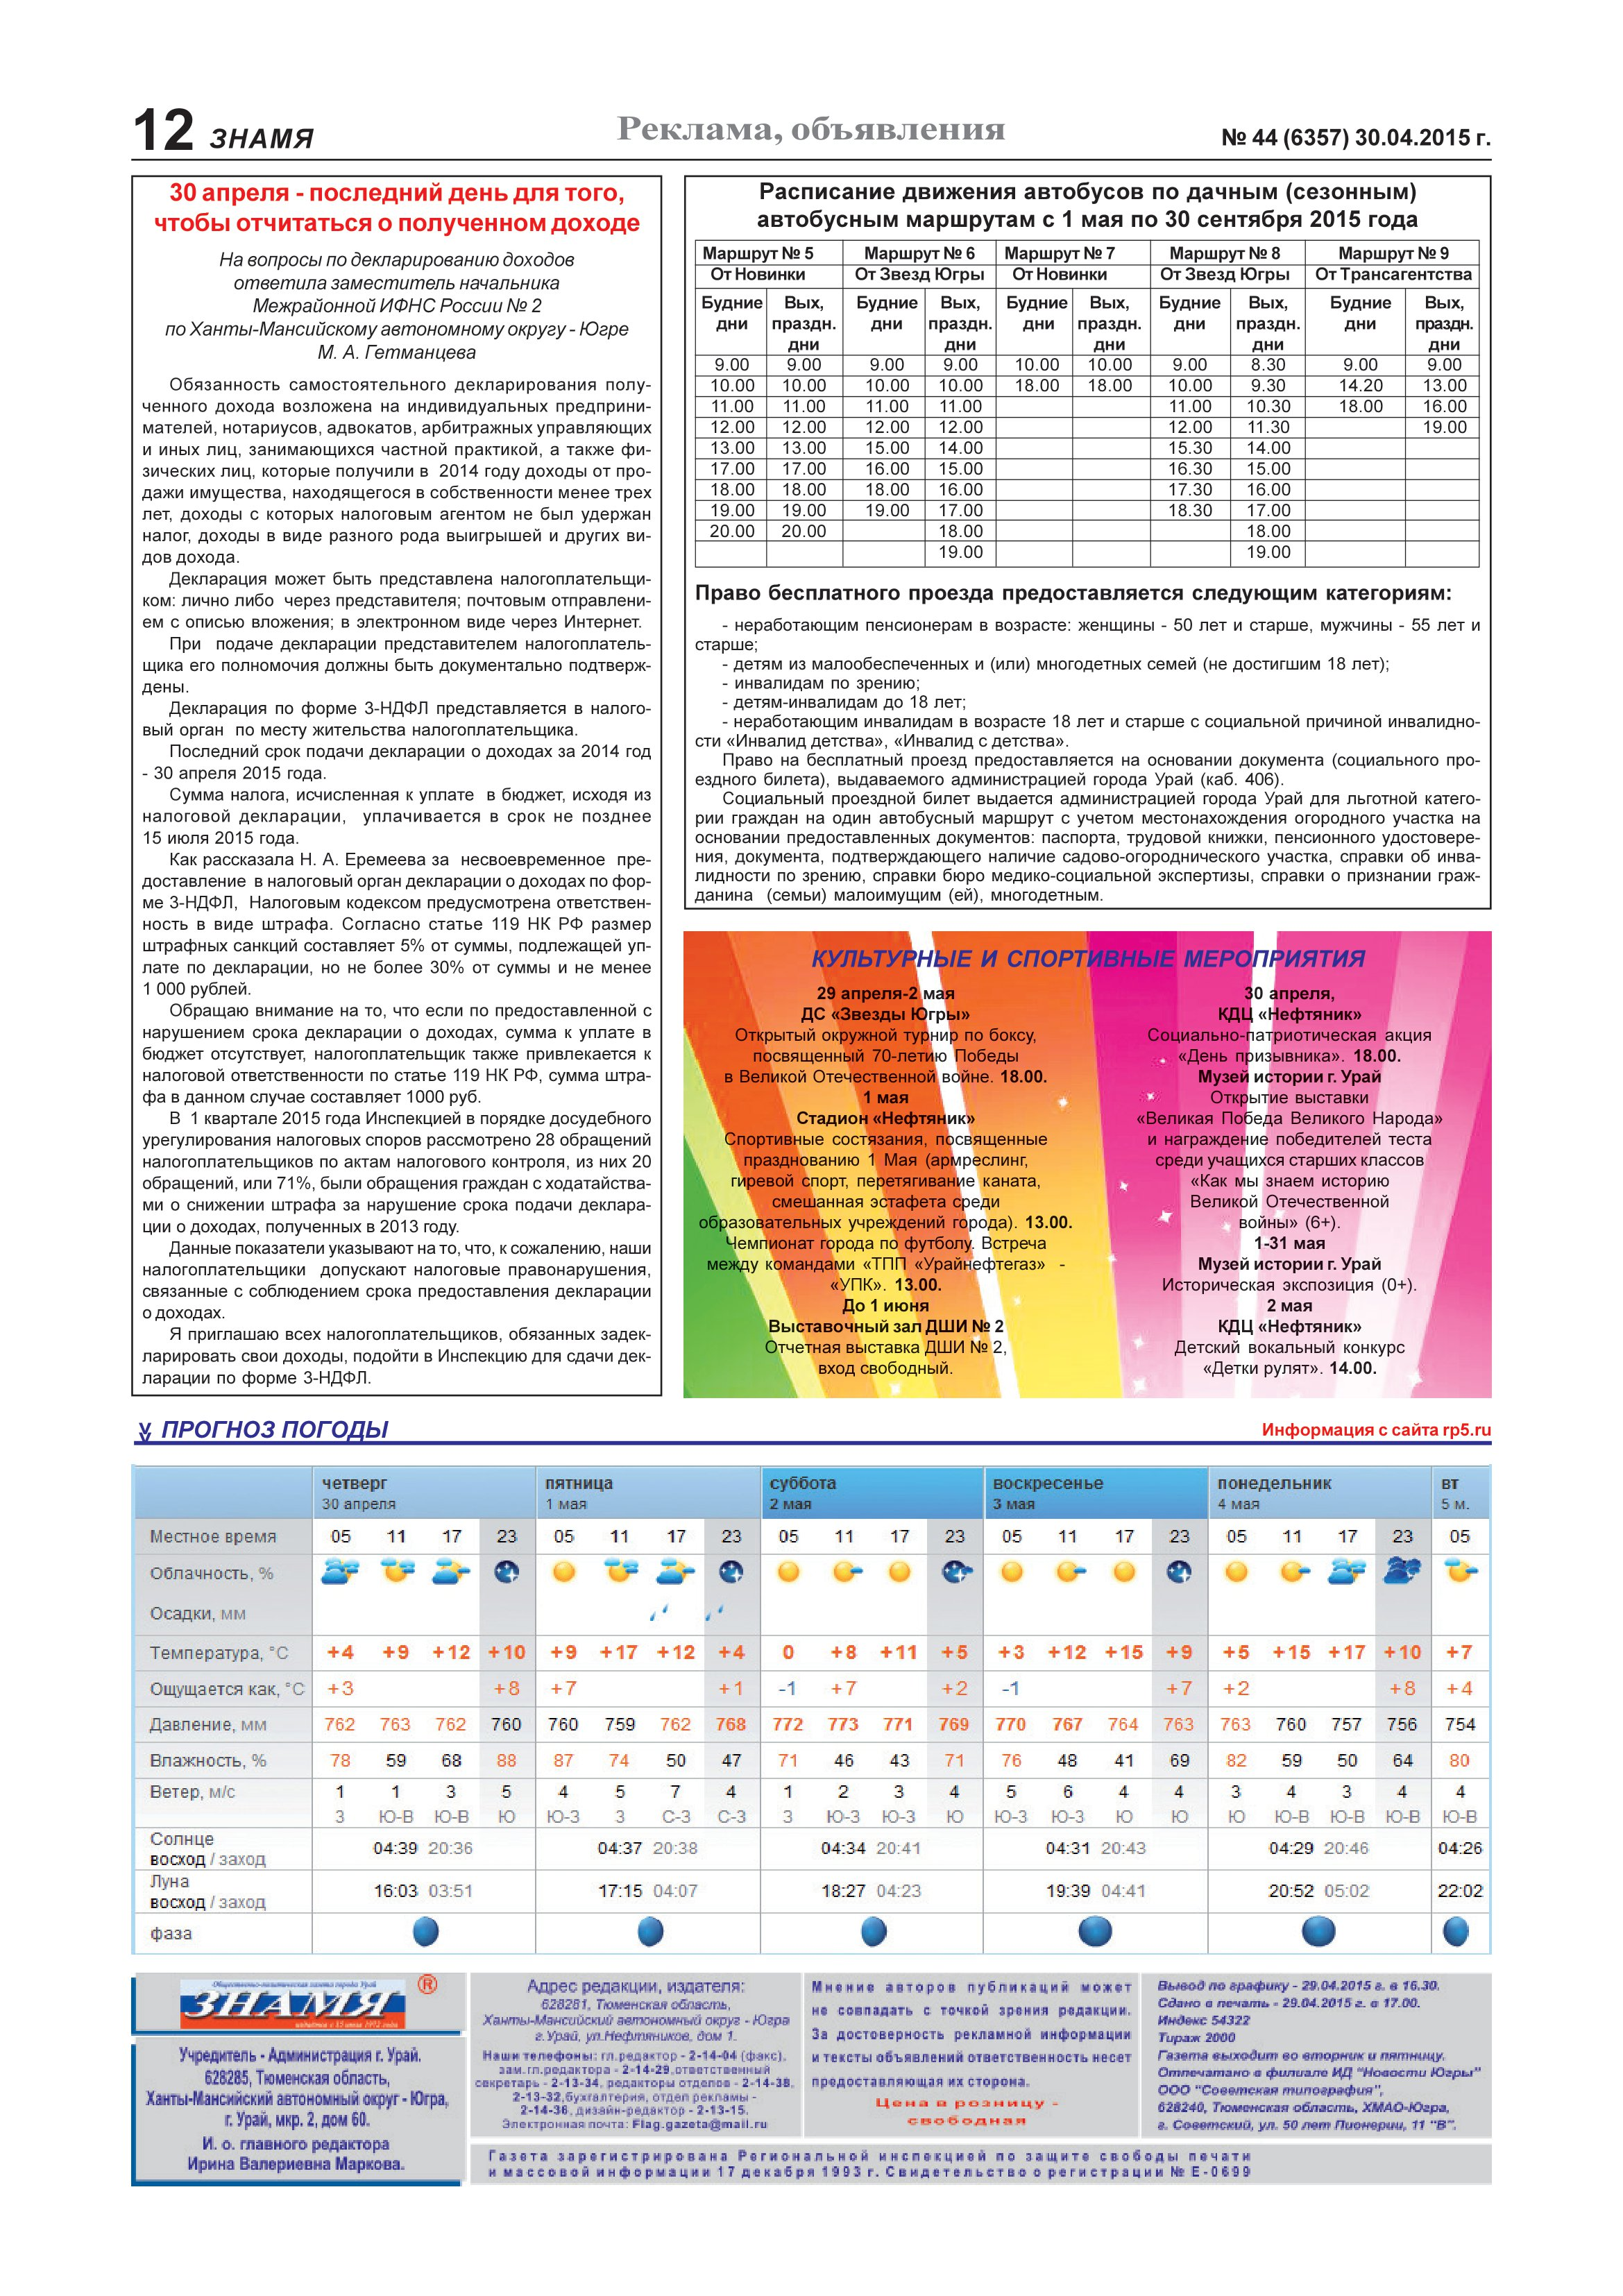
Language: ru